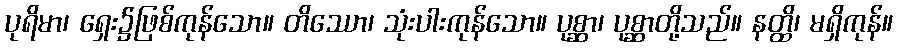
ပုရိမာ၊ ရှေး၌ဖြစ်ကုန်သော။ တိဿော၊ သုံးပါးကုန်သော။ ပုစ္ဆာ၊ ပုစ္ဆာတို့သည်။ နတ္ထိ၊ မရှိကုန်။